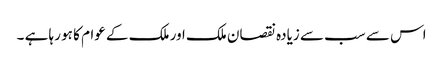
اس سے سب سے زیادہ نقصان ملک اور ملک کے عوام کا ہو رہا ہے ۔